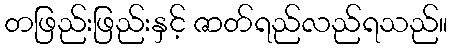
တဖြည်းဖြည်းနှင့် ဇာတ်ရည်လည်ရသည်။